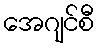
အေဂျင်စီ